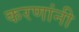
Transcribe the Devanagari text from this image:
करणांनी